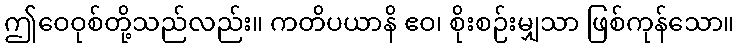
ဤဝေဝုစ်တို့သည်လည်း။ ကတိပယာနိ ဧဝ၊ စိုးစဉ်းမျှသာ ဖြစ်ကုန်သော။